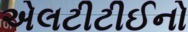
એલટીટીઈનો